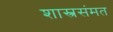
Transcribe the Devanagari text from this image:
शास्त्रसंमत